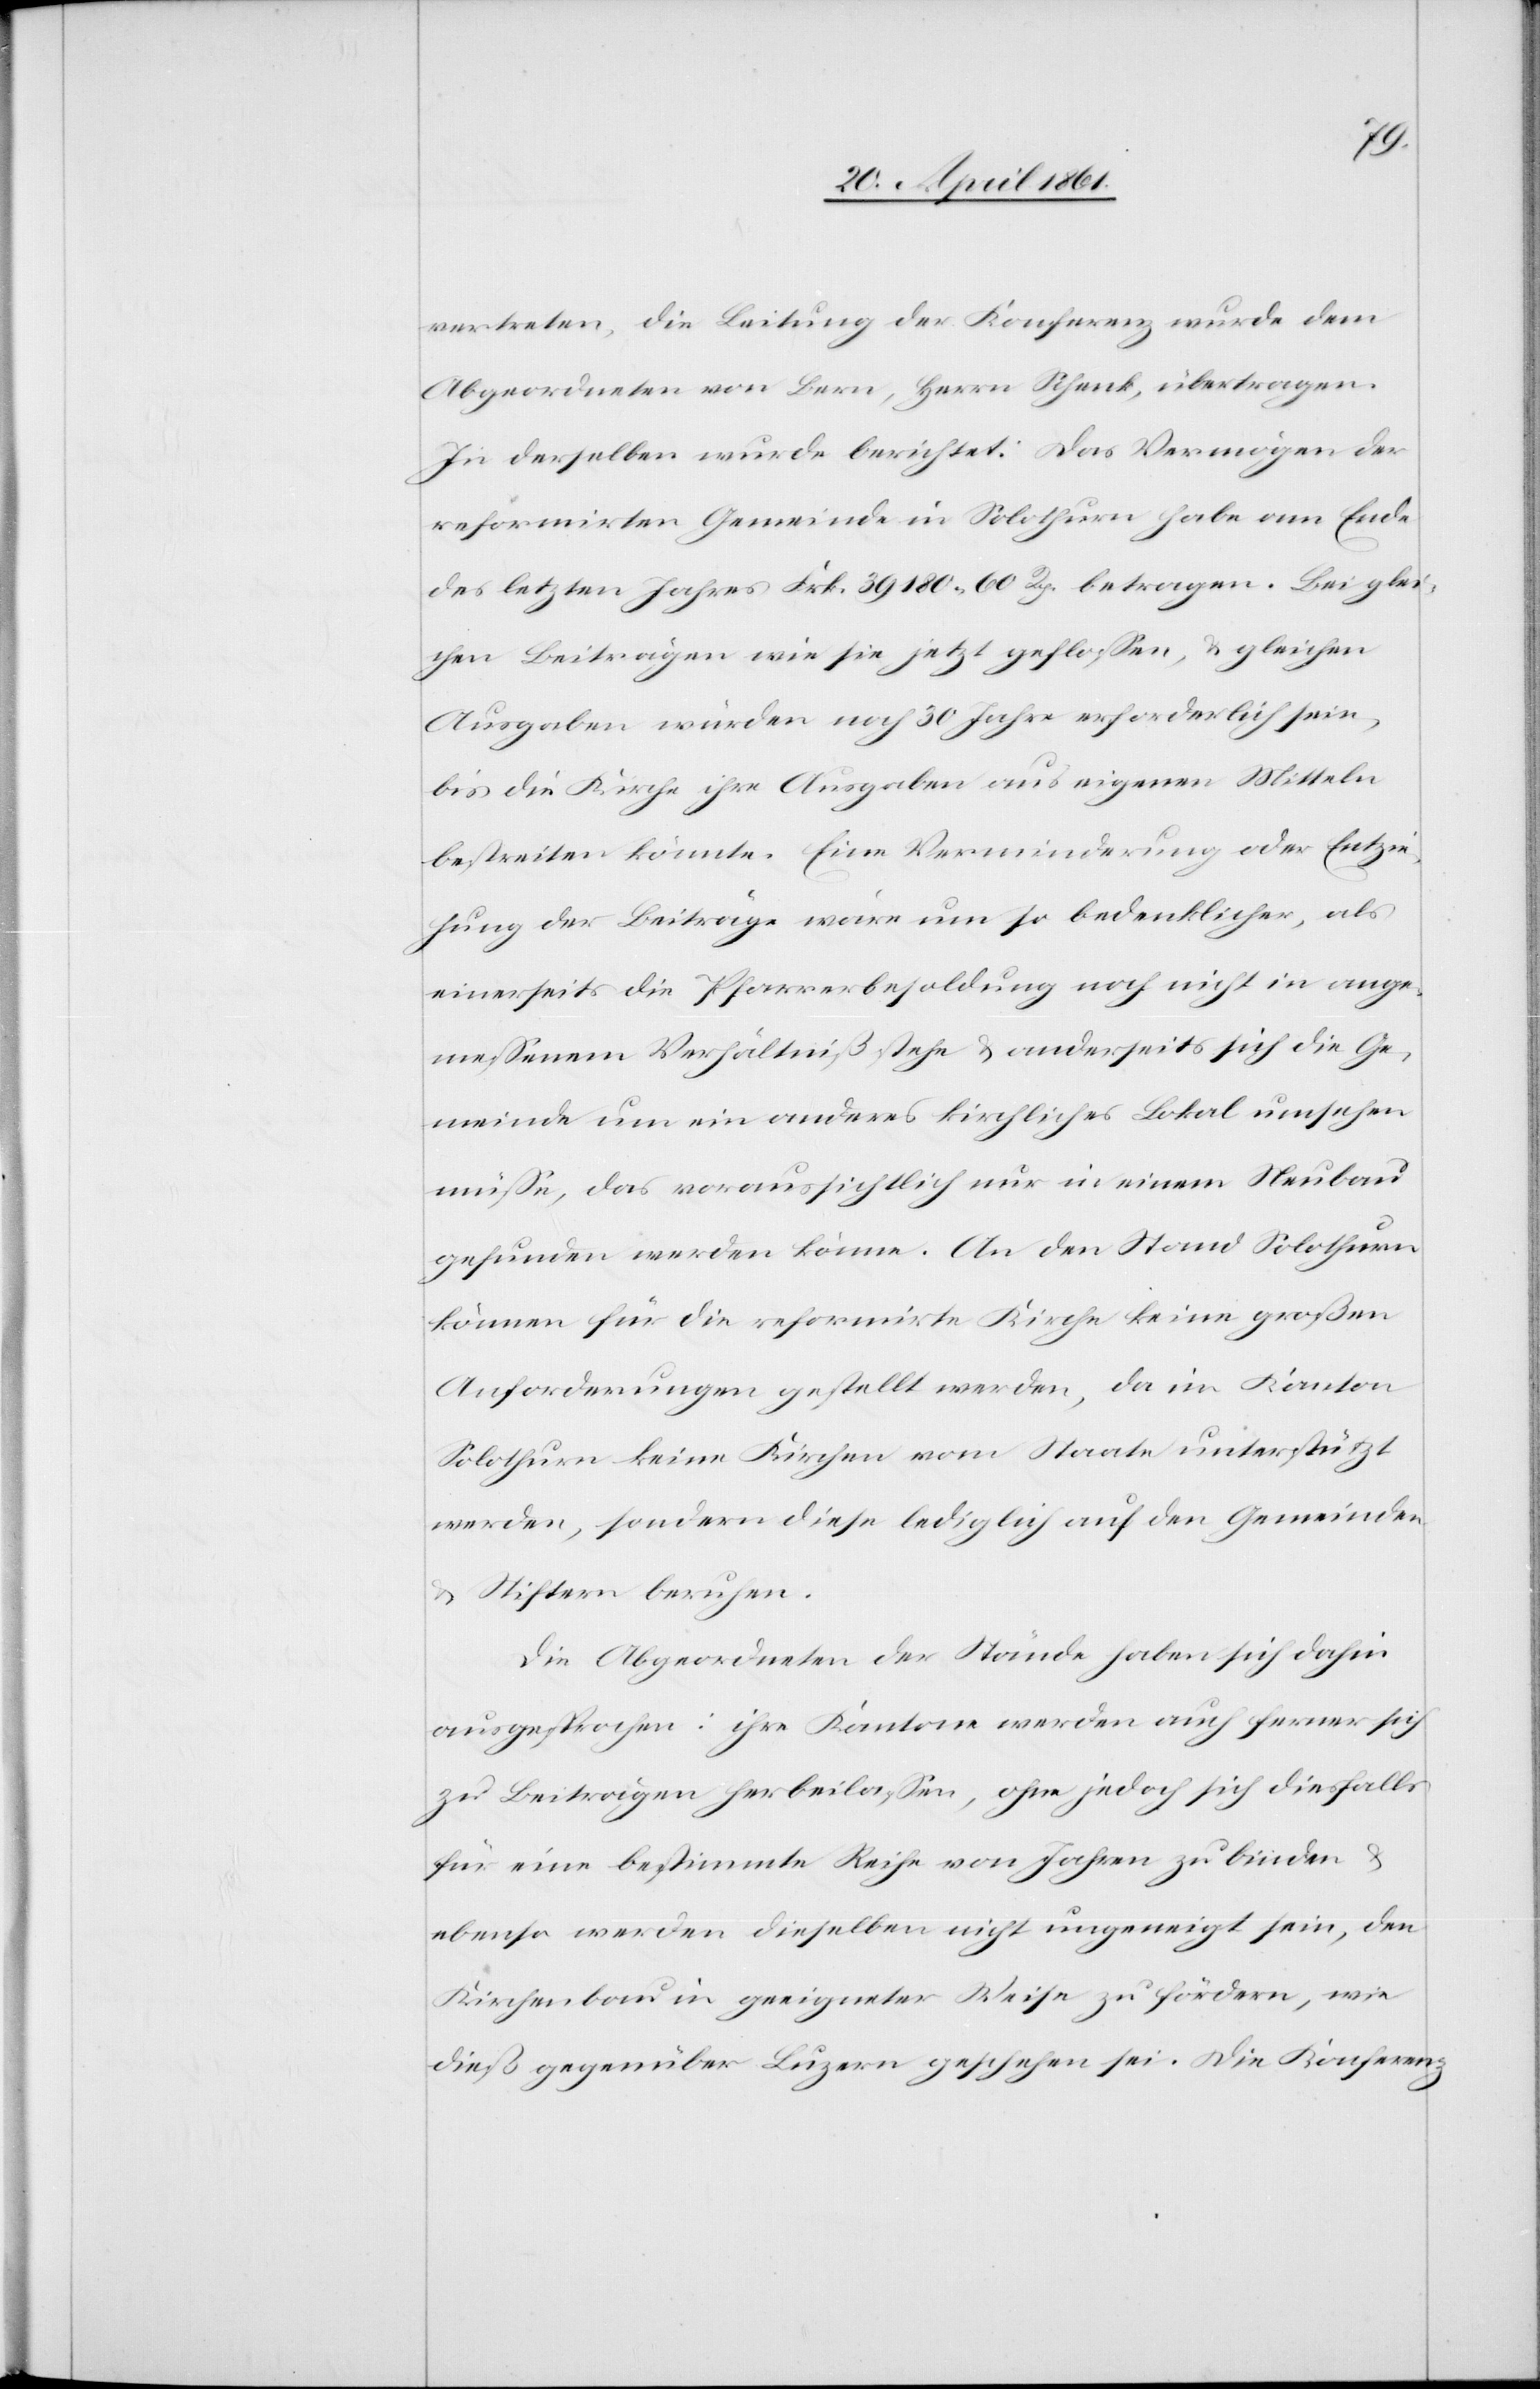
vertreten, die Leitung der Konferenz wurde dem
Abgeordneten von Bern, Herrn Rhenk, übertragen.
In derselben wurde berichte: Das Vermögen der
reformirten Gemeinde in Solothurn habe am Ende
des letzten Jahres Frk. 39 180 60 Rp. betragen. Bei glei¬
chen Beiträgen wie sie jetzt geflossen, u. gleichen
Ausgaben würden noch 30 Jahre erforderlich sein,
bis die Kirche ihre Ausgaben aus eigenen Mitteln
bestreiten könnte. Eine Verminderung oder Entzie¬
hung der Beiträge wäre um so bedenklicher, als
einerseits die Pfarrerbesoldung noch nicht in ange¬
messenem Verhältniß stehe u. anderseits sich die Ge¬
meinde um ein anderes kirchliches Lokal umsehen
müsse, das voraussichtlich nur in einem Neubau
gefunden werden könne. An den Stand Solothurn
können für die reformirte Kirche keine großen
Anforderungen gestellt werden, da im Kanton
Solothurn keine Kirchen vom Staate unterstützt
werden, sondern diese lediglich auf den Gemeinden
u. Stiftern beruhen.
Die Abgeordneten der Stände haben sich dahin
ausgesprochen: ihre Kantone werden auch ferner sich
zu Beiträgen herbeilassen, ohne jedoch sich diesfalls
für eine bestimmte Reihe von Jahren zu binden u.
ebenso werden dieselben nicht ungeneigt sein, den
Kirchenbau in geeigneter Weise zu fördern, wie
dieß gegenüber Luzern geschehen sei. Die Konferenz